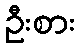
ဦးစား